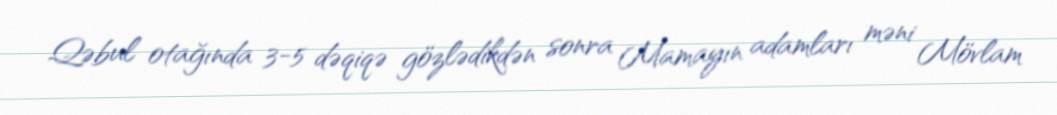
Qəbul otağında 3-5 dəqiqə gözlədikdən sonra Mamayın adamları məni Mövlam